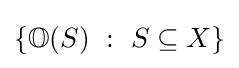
\{\mathbb {O} (S)~:~S\subseteq X\}